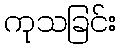
ကုသခြင်း